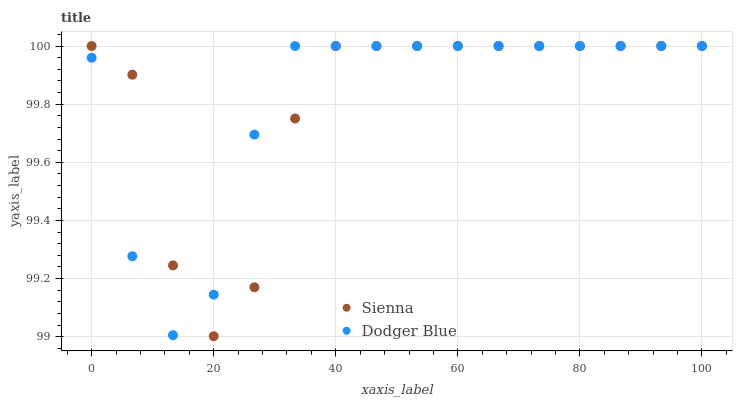
| xaxis_label | Sienna | Dodger Blue |
 | --- | --- | --- |
 | 0 | 100 | 100 |
 | 6.67 | 99.9 | 99.3 |
 | 13.3 | 99.2 | 99 |
 | 20 | 99 | 99.1 |
 | 26.7 | 99.2 | 99.7 |
 | 33.3 | 99.8 | 100 |
 | 40 | 100 | 100 |
 | 46.7 | 100 | 100 |
 | 53.3 | 100 | 100 |
 | 60 | 100 | 100 |
 | 66.7 | 100 | 100 |
 | 73.3 | 100 | 100 |
 | 80 | 100 | 100 |
 | 86.7 | 100 | 100 |
 | 93.3 | 100 | 100 |
 | 100 | 100 | 100 |